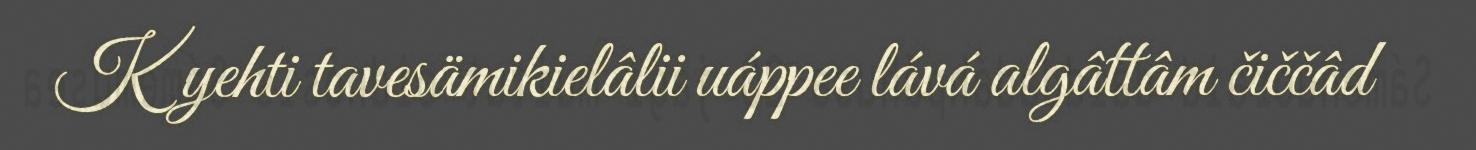
Kyehti tavesämikielâlii uáppee lává algâttâm čiččâd